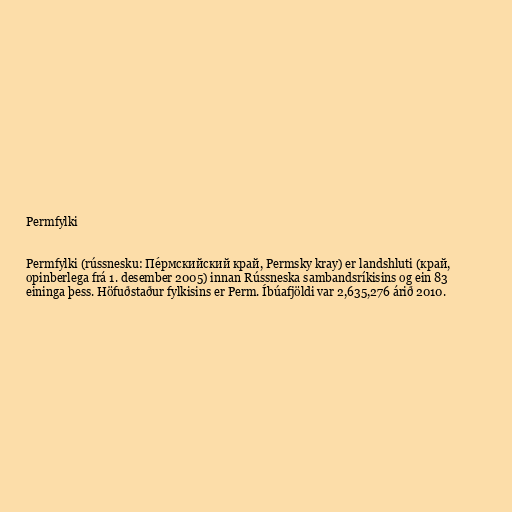
Permfylki

Permfylki (rússnesku: Пе́рмскийский край, Permsky kray) er landshluti (край,
opinberlega frá 1. desember 2005) innan Rússneska sambandsríkisins og ein 83
eininga þess. Höfuðstaður fylkisins er Perm. Íbúafjöldi var 2,635,276 árið 2010.